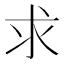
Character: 求